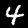
Label: 4